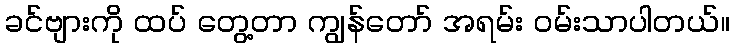
ခင်ဗျားကို ထပ် တွေ့တာ ကျွန်တော် အရမ်း ဝမ်းသာပါတယ်။